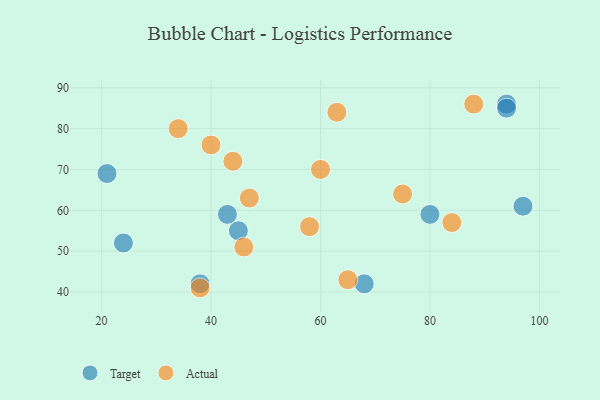
{"axis": {"x": "GDP", "y": "Life Expectancy"}, "legend": ["Actual", "Target"], "data": [{"x": "38", "y": 42, "type": "Target"}, {"x": "21", "y": 69, "type": "Target"}, {"x": "94", "y": 86, "type": "Target"}, {"x": "24", "y": 52, "type": "Target"}, {"x": "45", "y": 55, "type": "Target"}, {"x": "68", "y": 42, "type": "Target"}, {"x": "80", "y": 59, "type": "Target"}, {"x": "43", "y": 59, "type": "Target"}, {"x": "97", "y": 61, "type": "Target"}, {"x": "94", "y": 85, "type": "Target"}, {"x": "44", "y": 72, "type": "Actual"}, {"x": "46", "y": 51, "type": "Actual"}, {"x": "84", "y": 57, "type": "Actual"}, {"x": "60", "y": 70, "type": "Actual"}, {"x": "40", "y": 76, "type": "Actual"}, {"x": "75", "y": 64, "type": "Actual"}, {"x": "38", "y": 41, "type": "Actual"}, {"x": "47", "y": 63, "type": "Actual"}, {"x": "34", "y": 80, "type": "Actual"}, {"x": "65", "y": 43, "type": "Actual"}, {"x": "88", "y": 86, "type": "Actual"}, {"x": "63", "y": 84, "type": "Actual"}, {"x": "58", "y": 56, "type": "Actual"}]}